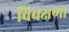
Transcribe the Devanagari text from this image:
विचक्षणा